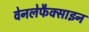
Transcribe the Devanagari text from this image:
वेनलेफैक्साइन